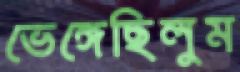
ভেঙ্গেছিলুম